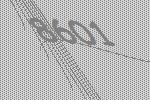
8601